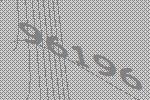
96196